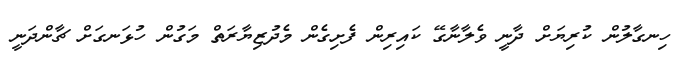
ހިނގާލުން ކުރިޔަށް ދާނީ ވެލާނާގޭ ކައިރިން ފެށިގެން މެދުޒިޔާރަތް މަގުން ހުޅަނގަށް ޗާންދަނީ